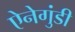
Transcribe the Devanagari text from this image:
ऐनेगुंडी